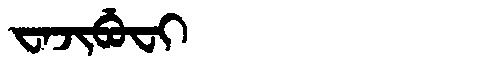
Manchu: ᠸᠠᠵᡳᠪᡠᠸᡳ
Romanization: WAJIBUFI